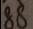
8 8